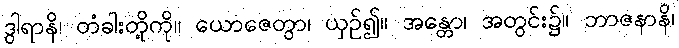
ဒွါရာနိ၊ တံခါးတို့ကို။ ယောဇေတွာ၊ ယှဉ်၍။ အန္တော၊ အတွင်း၌။ ဘာဇနာနိ၊